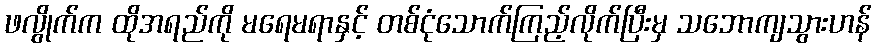
ဖလွိုက်က ထိုအရည်ကို မရေမရာနှင့် တစ်ငုံသောက်ကြည့်လိုက်ပြီးမှ သဘောကျသွားဟန်